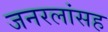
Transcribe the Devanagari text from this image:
जनरलांसह